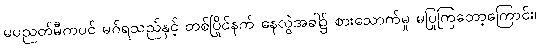
မပညတ်မီကပင် မဂ်ရသည်နှင့် တစ်ပြိုင်နက် နေလွဲအခါ၌ စားသောက်မှု မပြုကြတော့ကြောင်း၊